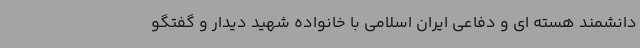
دانشمند هسته ای و دفاعی ایران اسلامی با خانواده شهید دیدار و گفتگو